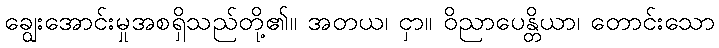
ချွေးအောင်းမှုအစရှိသည်တို့၏။ အတယ၊ ငှာ။ ဝိညာပေန္တိယာ၊ တောင်းသော